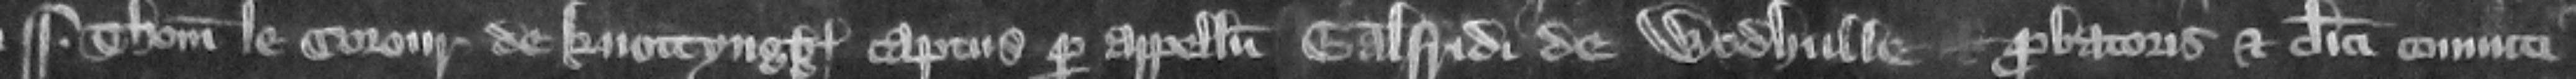
Thomas le Corour de Knottyngg captus per appellum Galfridi de Wodhulle probatoris et clerici conuicti